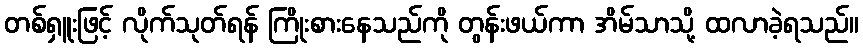
တစ်ရှူးဖြင့် လိုက်သုတ်ရန် ကြိုးစားနေသည်ကို တွန်းဖယ်ကာ အိမ်သာသို့ ထလာခဲ့ရသည်။